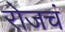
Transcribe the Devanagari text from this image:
रोजचं